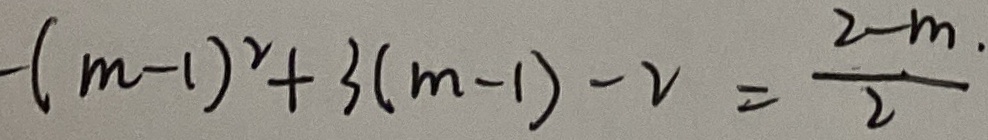
- ( m - 1 ) ^ { 2 } + 3 ( m - 1 ) - 2 = \frac { 2 - m } { 2 }